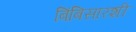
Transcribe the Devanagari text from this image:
बिंबिसारशी